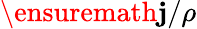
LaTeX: \ensuremath{\mathbf{j}}/\rho